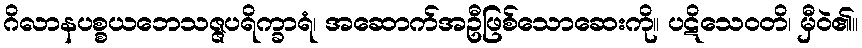
ဂိလာနပစ္စယဘေသဇ္ဇပရိက္ခာရံ၊ အဆောက်အဦဖြစ်သောဆေးကို။ ပဋိသေဝတိ၊ မှီဝဲ၏။